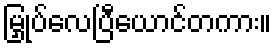
မြှုပ်လေပြီယောင်တကား။